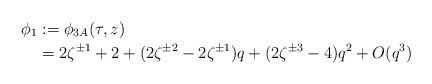
LaTeX: \begin{align*} \phi_1 &:= \phi_{3A}(\tau, z) \\ &= 2 \zeta^{\pm 1} + 2 + (2 \zeta^{\pm 2} - 2 \zeta^{\pm 1})q + (2 \zeta^{\pm 3} - 4) q^2 + O(q^3) \end{align*}